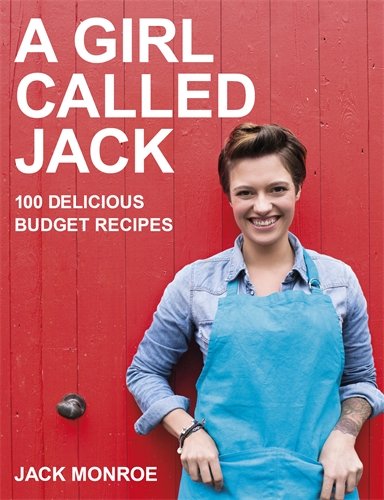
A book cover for A Girl Called Jack; Jack Monroe; Cookbooks, Food & Wine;